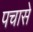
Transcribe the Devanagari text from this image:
पचासे